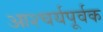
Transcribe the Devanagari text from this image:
आश्चर्यपूर्वक